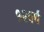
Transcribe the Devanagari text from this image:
१२वर्ष